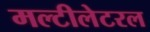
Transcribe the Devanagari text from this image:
मल्टीलेटरल